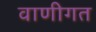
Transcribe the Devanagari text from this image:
वाणीगत